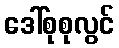
ဒေါ်စုစုလွင်